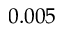
0 . 0 0 5